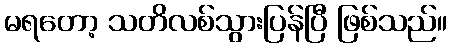
မရတော့ သတိလစ်သွားပြန်ပြီ ဖြစ်သည်။